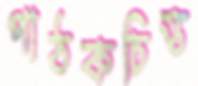
পাঠকচিত্ত